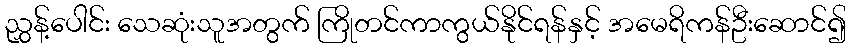
ညွှန့်ပေါင်း သေဆုံးသူအတွက် ကြိုတင်ကာကွယ်နိုင်ရန်နှင့် အမေရိကန်ဦးဆောင်၍